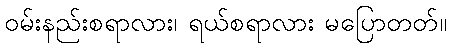
ဝမ်းနည်းစရာလား၊ ရယ်စရာလား မပြောတတ်။